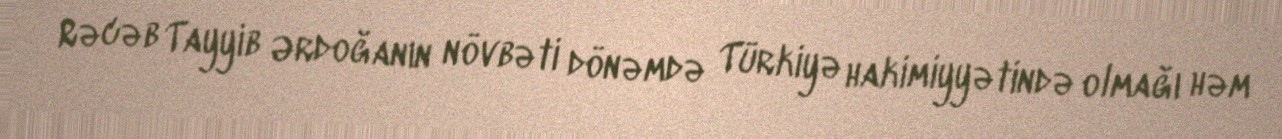
Rəcəb Tayyib Ərdoğanın növbəti dönəmdə Türkiyə hakimiyyətində olmağı həm